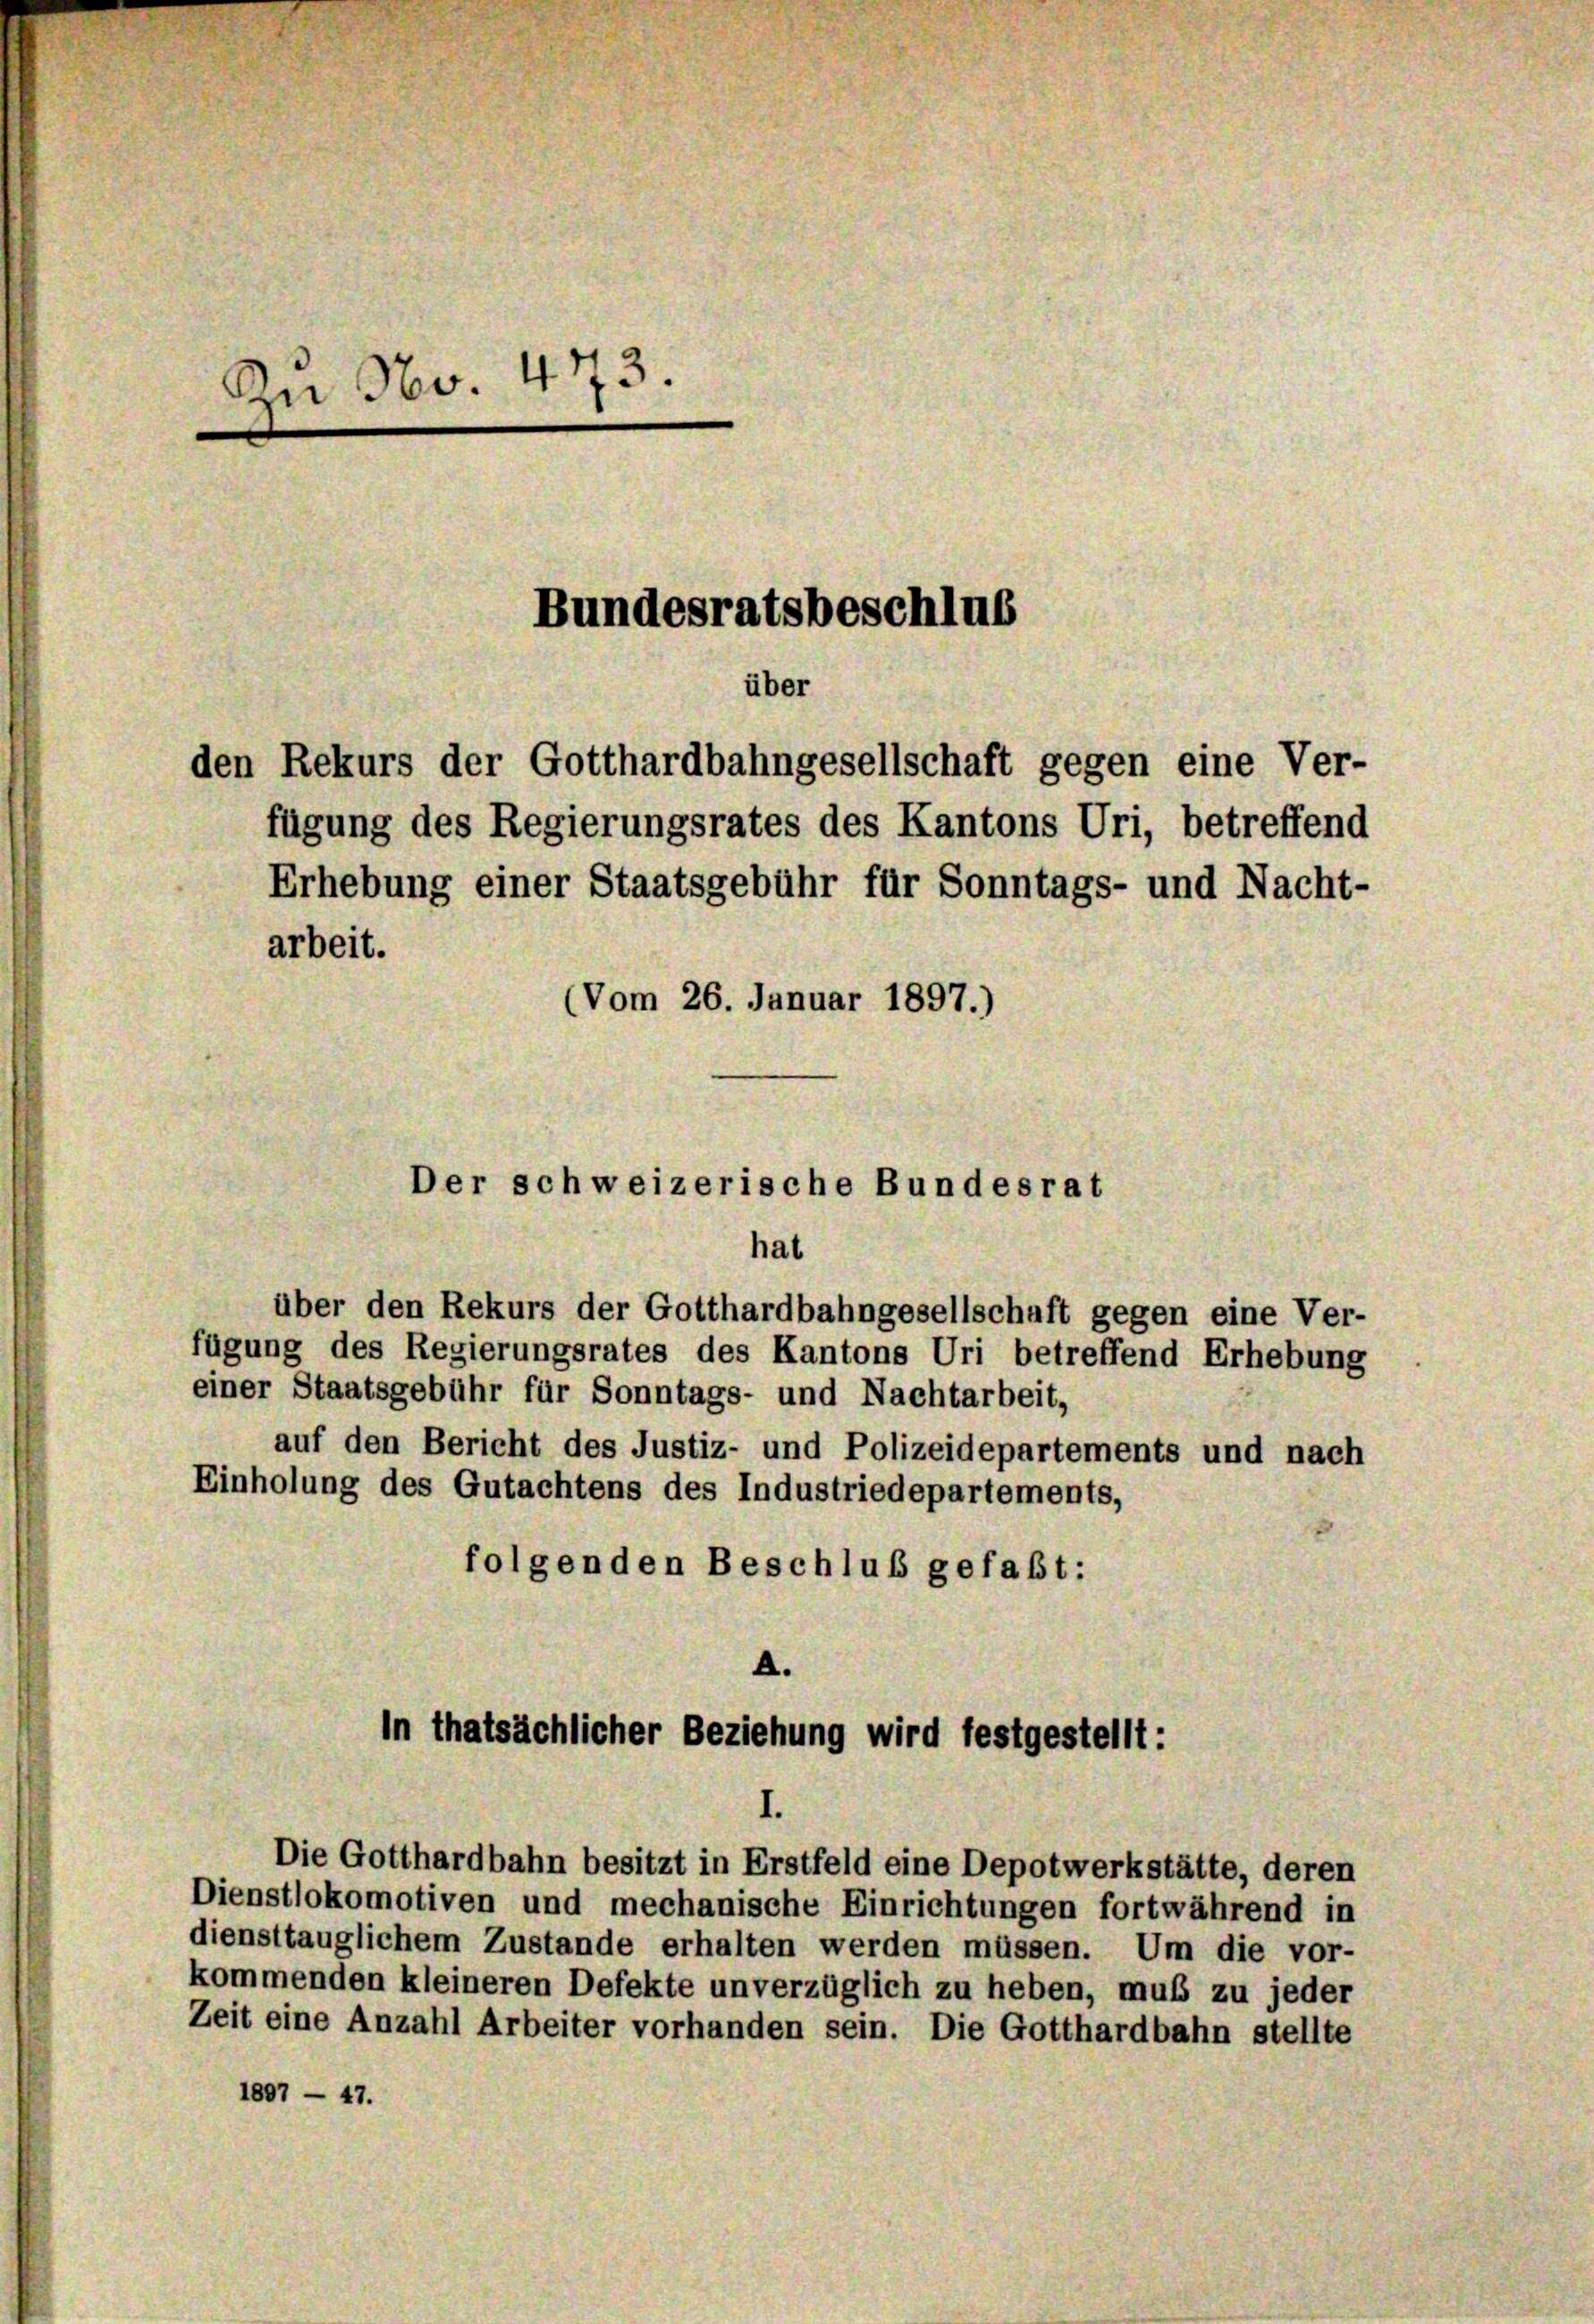
Zu No. 473.
Bundesratsbeschlus
über
den Rekurs der Gotthardbahngesellschaft gegen eine Ver-
fügung des Regierungsrates des Kantons Uri, betreffend
Erhebung einer Staatsgebühr für Sonntags- und Nacht-
arbeit.
(Vom 26. Januar 1897.)

Der schweizerische Bundesrat
hat

über den Rekurs der Gotthardbahngesellschaft gegen eine Ver-
fügung des Regierungsrates des Kantons Uri betreffend Erhebung
einer Staatsgebühr für Sonntags- und Nachtarbeit,
auf den Bericht des Justiz- und Polizeidepartements und nach
Einholung des Gutachtens des Industriedepartements,
folgenden Beschluß gefaßt:
A.
In thatsächlicher Beziehung wird festgestellt:

I.
Die Gotthardbahn besitzt in Erstfeld eine Depotwerkstätte, deren

Dienstlokomotiven und mechanische Einrichtungen fortwährend in
diensttauglichem Zustande erhalten werden müssen. Um die vor-
kommenden kleineren Defekte unverzüglich zu heben, muß zu jeder
Zeit eine Anzahl Arbeiter vorhanden sein. Die Gotthardbahn stellte
1807 - 47.